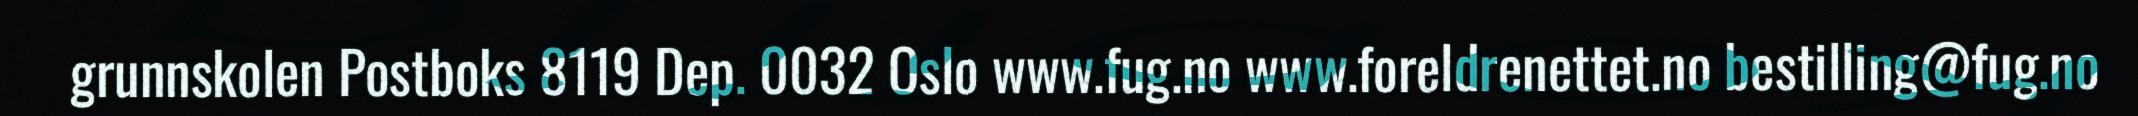
grunnskolen Postboks 8119 Dep. 0032 Oslo www.fug.no www.foreldrenettet.no bestilling@fug.no